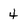
Character: 4